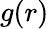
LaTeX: g(r)